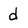
Character: d